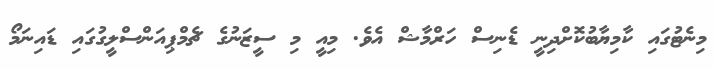
މިނެޓުގައި ކާމިޔާބުކޮށްދިނީ ޑެނިސް ހަރްމާޝް އެވެ. މިއީ މި ސީޒަނުގެ ޗެމްޕިއަންސްލީގުގައި ޑައިނަމޯ